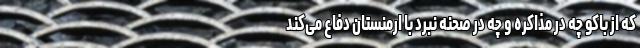
که از باکو چه در مذاکره و چه در صحنه نبرد با ارمنستان دفاع می‌کند